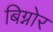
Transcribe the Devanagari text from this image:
बिग्नोर